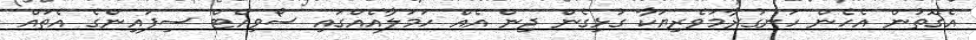
އެގޮތުން އެހެން ހަނގުރާމަވެރިޔަކާ ގުޅިގެން ދިން އެއް ހަމަލާއެއްގައި ސޯވިއެޓް ސިފައިންގެ އެތައް